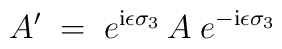
A' \;=\; e^{{\rm i} \epsilon \sigma_3} \, A \; e^{- {\rm i} \epsilon\sigma_3}